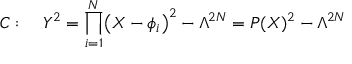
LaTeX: { \cal C } : \quad Y ^ { 2 } = \prod _ { i = 1 } ^ { N } \bigl ( X - \phi _ { i } \bigr ) ^ { 2 } - \Lambda ^ { 2 N } = P ( X ) ^ { 2 } - \Lambda ^ { 2 N }